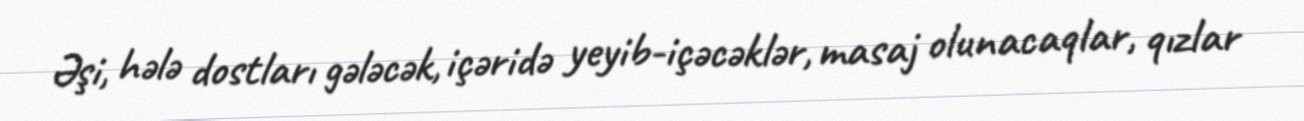
Əşi, hələ dostları gələcək, içəridə yeyib-içəcəklər, masaj olunacaqlar, qızlar